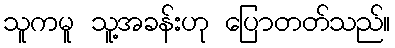
သူကမူ သူ့အခန်းဟု ပြောတတ်သည်။